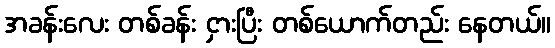
အခန်းလေး တစ်ခန်း ငှားပြီး တစ်ယောက်တည်း နေတယ်။